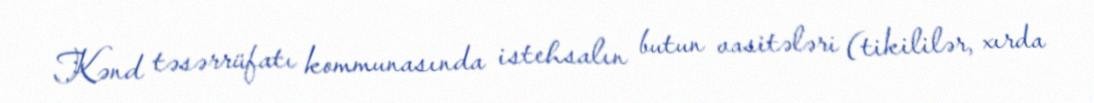
Kənd təsərrüfatı kommunasında istehsalın butun vasitələri (tikililər, xırda